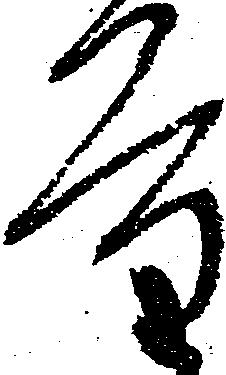
量